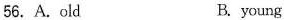
56.A.old B.young